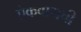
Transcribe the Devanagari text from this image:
ऐकवायची